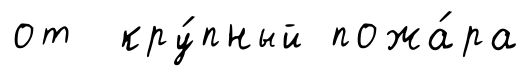
от кру́пный пожа́ра